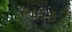
ભડકી